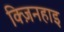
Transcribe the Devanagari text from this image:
क्ज़िनहाइ